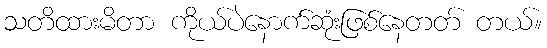
သတိထားမိတာ ကိုယ်ပဲနောက်ဆုံးဖြစ်နေတတ် တယ်။